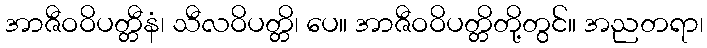
အာဇီဝဝိပတ္တီနံ၊ သီလဝိပတ္တိ၊ ပေ။ အာဇီဝဝိပတ္တိတို့တွင်။ အညတရာ၊